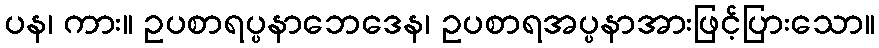
ပန၊ ကား။ ဥပစာရပ္ပနာဘေဒေန၊ ဥပစာရအပ္ပနာအားဖြင့်ပြားသော။